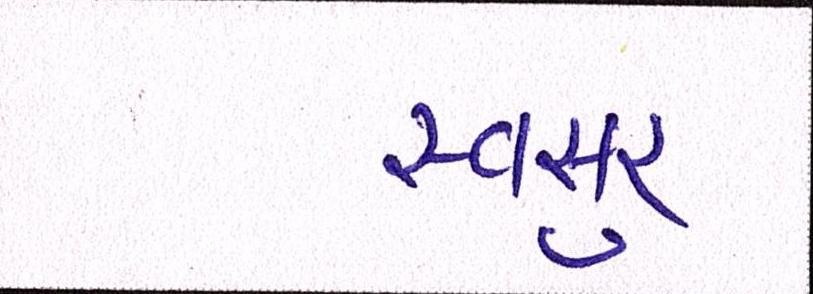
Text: સ્વસુર